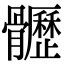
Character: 𩪸